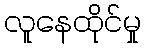
လူနေထိုင်မှု